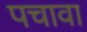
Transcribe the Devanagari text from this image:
पचावा